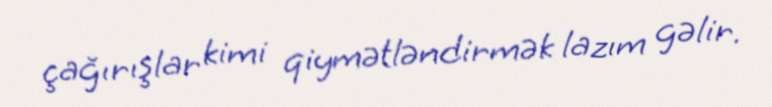
çağırışlar kimi qiymətləndirmək lazım gəlir.